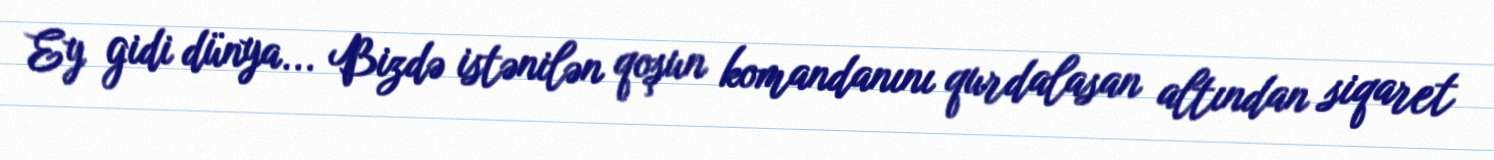
Ey gidi dünya... Bizdə istənilən qoşun komandanını qurdalasan altından siqaret